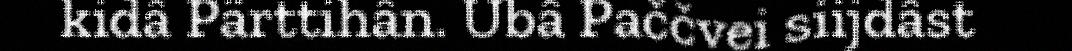
kidâ Pärttihân. Ubâ Paččvei siijdâst